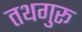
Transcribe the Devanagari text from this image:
तथगुरू